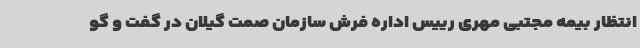
انتظار بیمه مجتبی مهری رییس اداره فرش سازمان صمت گیلان در گفت و گو